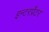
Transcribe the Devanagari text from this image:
इन्टरर्प्रेटर